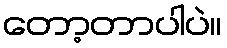
တော့တာပါပဲ။